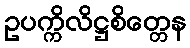
ဥပက္ကိလိဋ္ဌစိတ္တေန